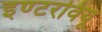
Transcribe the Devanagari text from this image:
इण्टरवियू